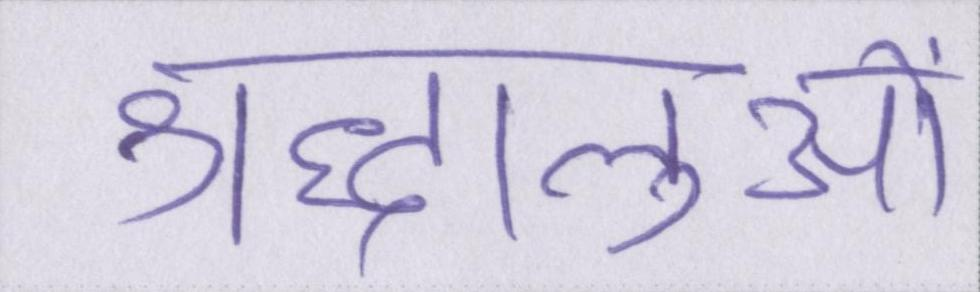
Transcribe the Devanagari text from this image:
श्रद्धालुओं